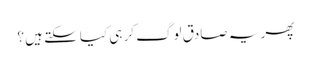
پھر یہ صادق لوگ کر ہی کیا سکتے ہیں ؟